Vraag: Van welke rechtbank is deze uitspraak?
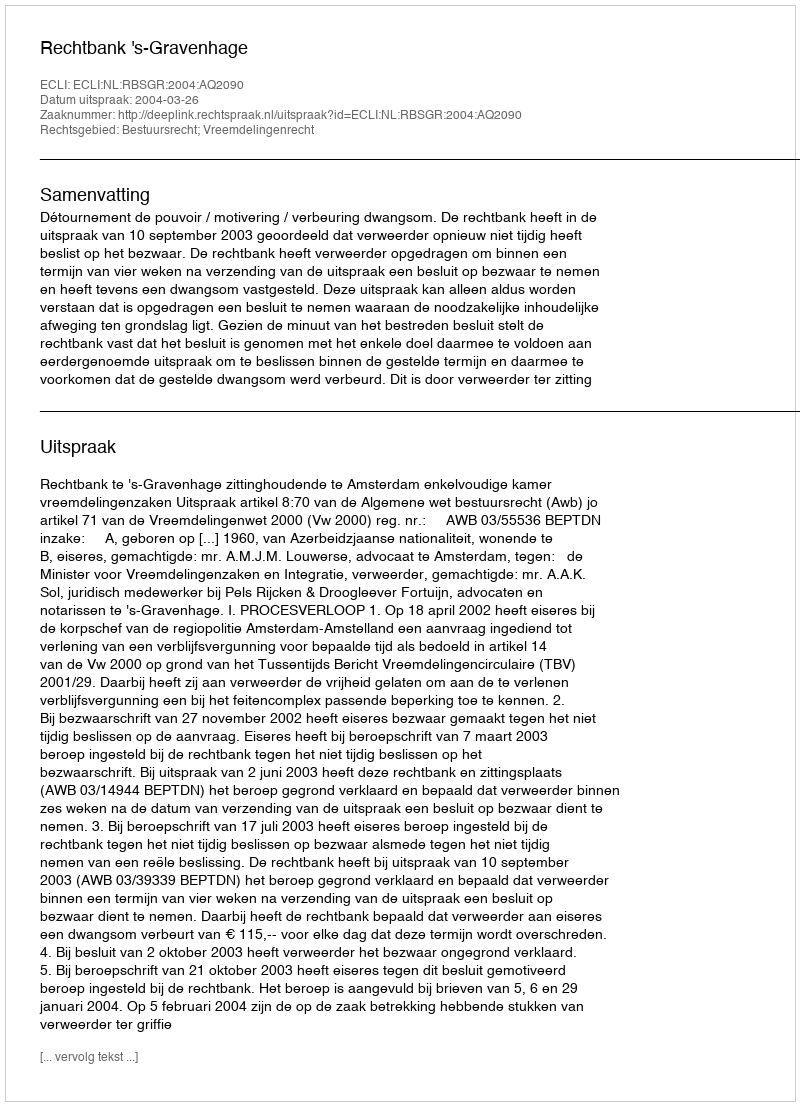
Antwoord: Rechtbank 's-Gravenhage